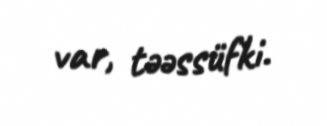
var, təəssüfki.